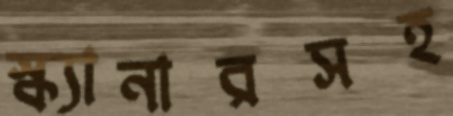
স্ক্যানারসহ